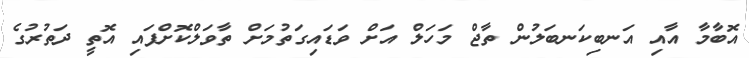
އޮބާމާ އާއި އަނބިކަނބަލުން ތާޖް މަހަލް އަށް ވަޑައިގަތުމަށް ތާވަލްކޮށްފައި އޮތީ ދަތުރުގެ